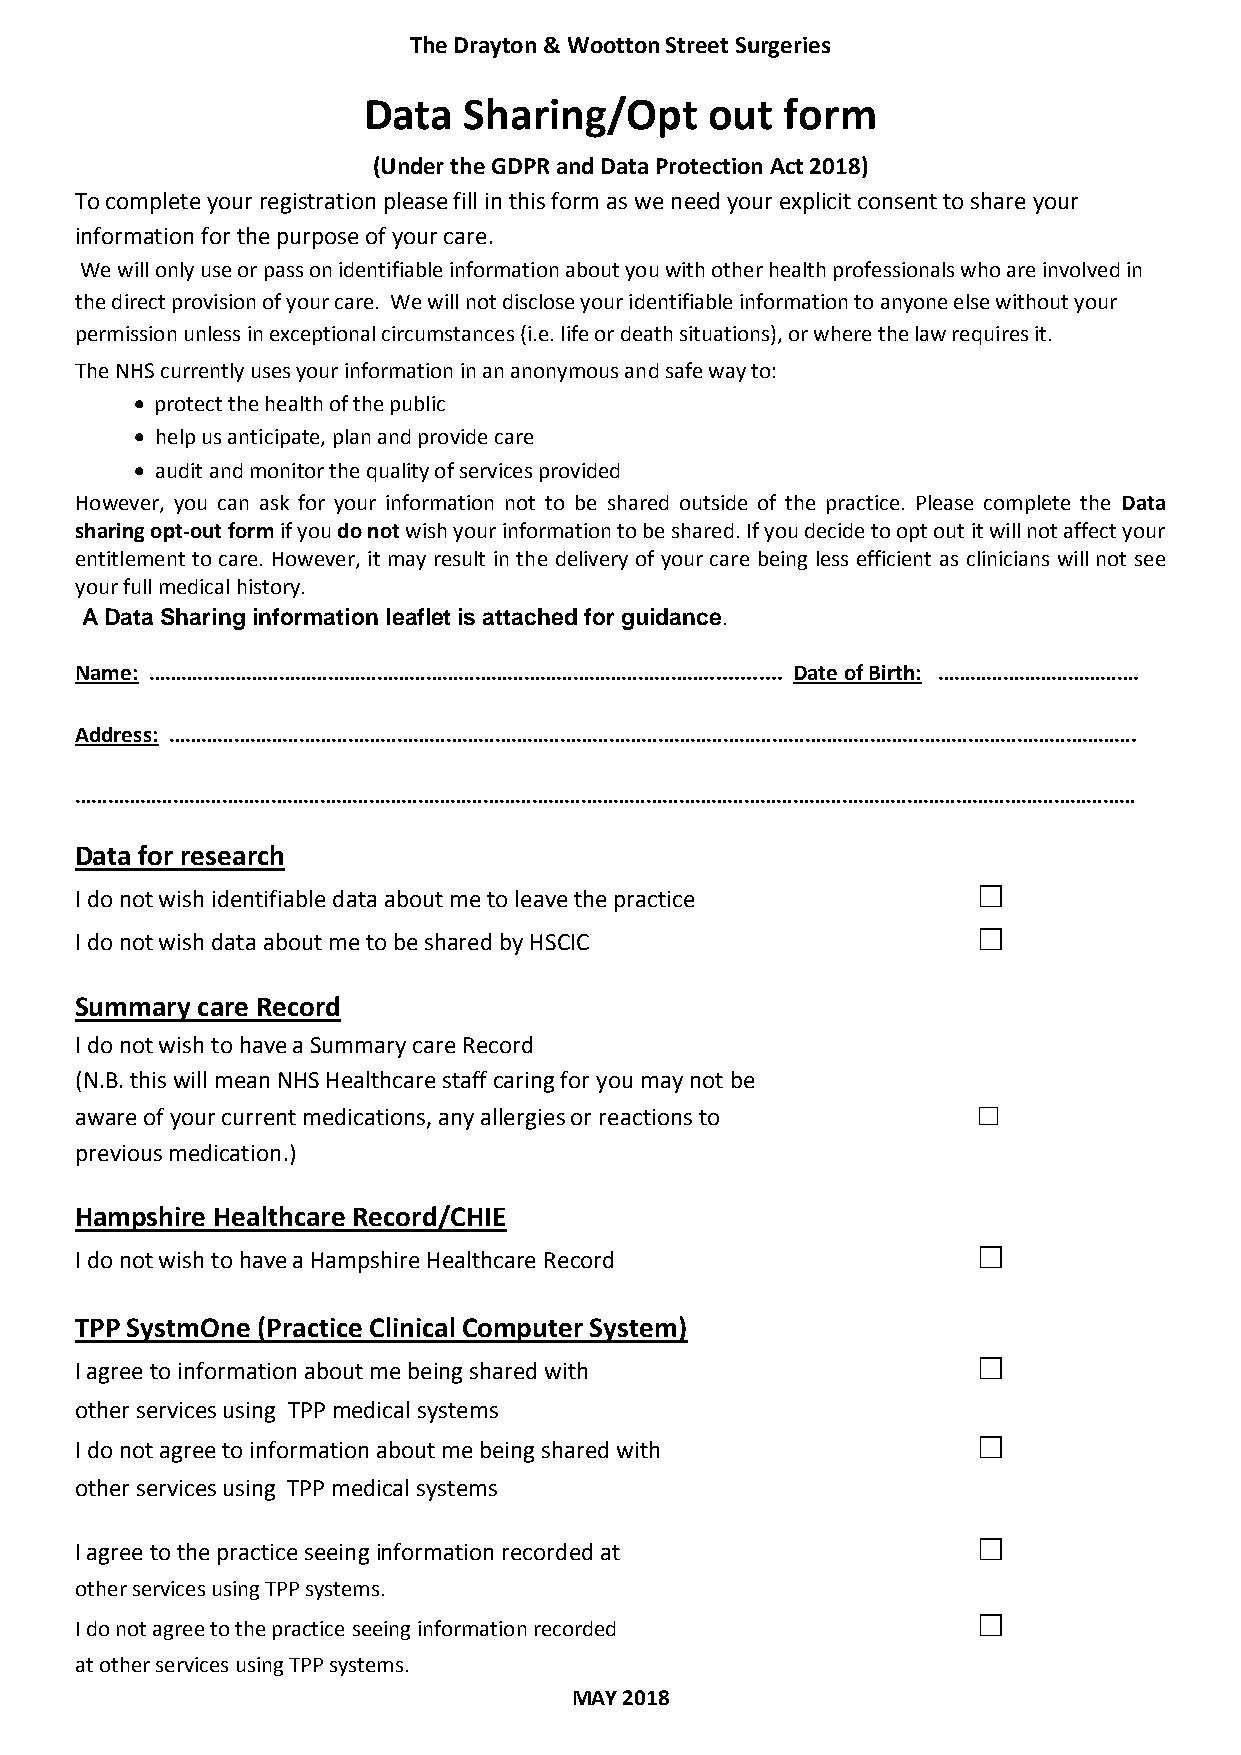
The Drayton & Wootton Street Surgeries
 Data   Sharing/Opt     out  form
 (Under the GDPR and Data Protection Act 2018)
 To complete your registration please fill in this form as we need your explicit consent to share your
 information for the purpose of your care.
 We will only use or pass on identifiable information about you with other health professionals who are involved in
 the direct provision of your care. We will not disclose your identifiable information to anyone else without your
 permission unless in exceptional circumstances (i.e. life or death situations), or where the law requires it.
 The NHS currently uses your information in an anonymous and safe way to:
  protect the health of the public
  help us anticipate, plan and provide care
  audit and monitor the quality of services provided
 However, you can ask for your information not to be shared outside of the practice. Please complete the Data
 sharing opt-out form if you do not wish your information to be shared. If you decide to opt out it will not affect your
 entitlement to care. However, it may result in the delivery of your care being less efficient as clinicians will not see
 your full medical history.
 A Data Sharing information leaflet is attached for guidance.
 Name: …………………………………………………………………………………………............. Date of Birth: ……………………………….
 Address: …………………………………………………………………………………………………………………………………………………………….
 ……………………………………………………………………………………………………………………………………………………………………………
 Data for research
 I do not wish identifiable data about me to leave the practice
 ☐
 I do not wish data about me to be shared by HSCIC
 ☐
 Summary care Record
 I do not wish to have a Summary care Record
 (N.B. this will mean NHS Healthcare staff caring for you may not be
 aware of your current medications, any allergies or reactions to ☐
 previous medication.)
 Hampshire Healthcare Record/CHIE
 I do not wish to have a Hampshire Healthcare Record
 ☐
 TPP SystmOne (Practice Clinical Computer System)
 I agree to information about me being shared with
 ☐
 other services using TPP medical systems
 I do not agree to information about me being shared with
 ☐
 other services using TPP medical systems
 I agree to the practice seeing information recorded at
 ☐
 other services using TPP systems.
 I do not agree to the practice seeing information recorded
 ☐
 at other services using TPP systems.
 MAY 2018